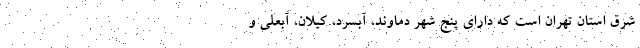
شرق استان تهران است که دارای پنج شهر دماوند، آبسرد، کیلان، آبعلی و